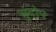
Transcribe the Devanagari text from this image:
सुंदोप